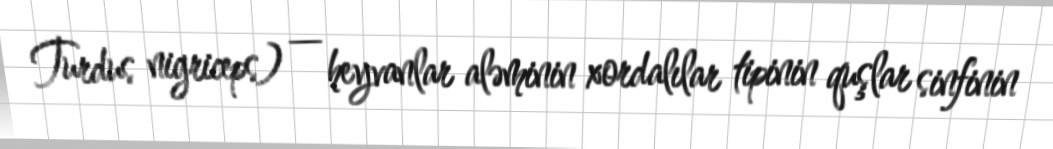
Turdus nigriceps) — heyvanlar aləminin xordalılar tipinin quşlar sinfinin